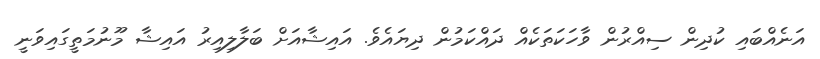
އަނެއްބައި ކުދިން ސިއްރުން ވާހަކަތަކެއް ދައްކަމުން ދިޔައެވެ. އައިޝާއަށް ބަލާލިއިރު އައިޝާ މޫނުމަތީގައިވަނީ